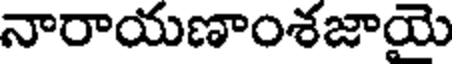
నారాయణాంశజాయె